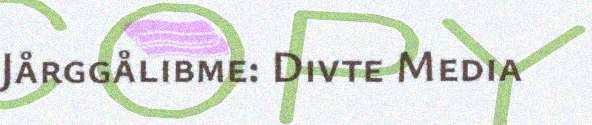
Jårggålibme: Divte Media